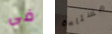
فى مستاءة